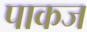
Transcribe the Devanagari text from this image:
पाकज